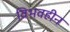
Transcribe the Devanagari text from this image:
विभवहीन